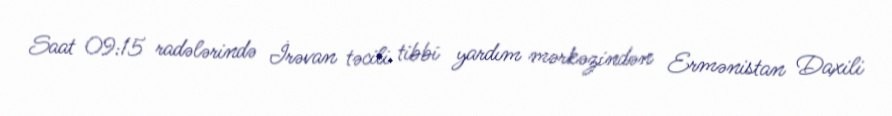
Saat 09:15 radələrində İrəvan təcili tibbi yardım mərkəzindən Ermənistan Daxili